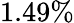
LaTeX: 1.49\%